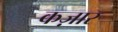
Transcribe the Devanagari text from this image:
कज़ार